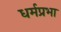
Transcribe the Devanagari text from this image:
धर्मप्रभा